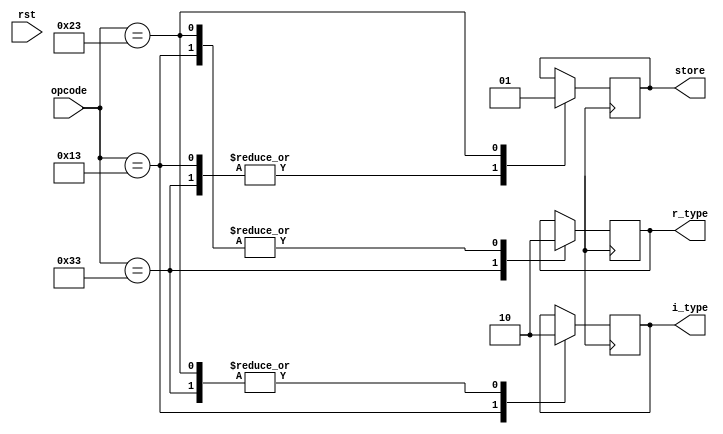
module op_d(opcode,r_type,i_type,store,rst);

input wire [6:0] opcode;
input wire rst;
output reg r_type;
output reg i_type;
output reg store;


always @(posedge clk)begin
case(opcode)

    7'b0110011:begin
        r_type=1;i_type=0;load=0;store=0;branch=0;jal=0;jalr=0;aui_pc=0;lui=0;//r_type
    end
    7'b0010011:begin
        r_type=0;i_type=1;load=0;store=0;branch=0;jal=0;jalr=0;aui_pc=0;lui=0;//i_type   
    end
   
    7'b0100011:begin
        r_type=0;i_type=0;load=0;store=1;branch=0;jal=0;jalr=0;aui_pc=0;lui=0;//store
    end
   


endcase
end
endmodule